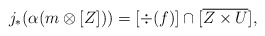
\begin{align*} j_*(\alpha(m\otimes [Z])) = [\div(f)]\cap [\overline{Z\times U}],\end{align*}